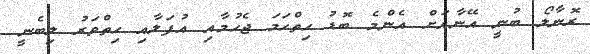
ރޮނާލޯ ބުނީ އޭނާއަށް އެންމެ ބޮޑު ހިތްހަމަ ޖެހުމާއި އުފަލާއި ހިތްވަރު ލިބެނީ